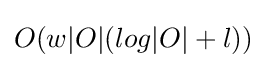
O(w|O|(log|O|+l))